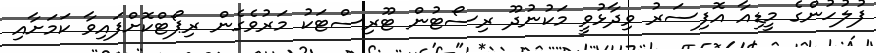
ފުލުހުންގެ މީޑިއާ އޮފިސަރު ވިދާޅުވީ މަކުނުދޫ ރިސޯޓުން ޓޫރިސްޓަކު މަރުވެގެން ރިޕޯޓްކޮށްފައިވާ ކަމަށާއި